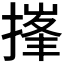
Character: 𪮘